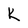
Character: K